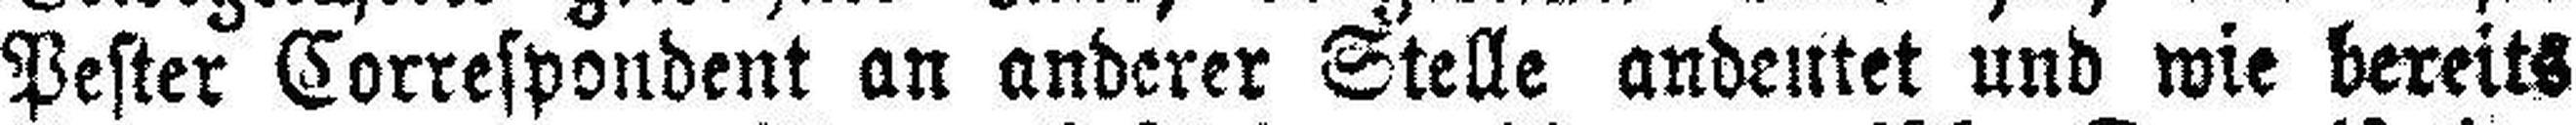
Pester Correspondent an anderer Stelle andeutet und wie bereits